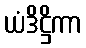
ယံဒိဋ္ဌိကာ